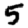
Digit: 5